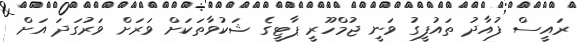
ރައީސް ފުއާދު ތައުފީގު ވަނީ ޖުމްހޫރީ ޕާޓީގެ ޝަކުވާތަކަށް ވަރަށް ވަރުގަދަ އަށް